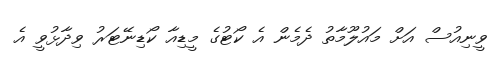
ވީނިއުސް އަށް މައުލޫމާތު ދެމެން އެ ކޯޓުގެ މީޑިއާ ކޯޑިނޭޓަރު ވިދާޅުވީ އެ